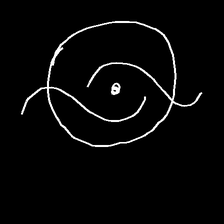
Glyph: repetition